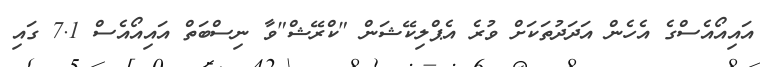
އައިއޯއެސްގެ އެހެން އަދަދުތަކަށް ވުރެ އެޕްލިކޭޝަން "ކްރޭޝް"ވާ ނިސްބަތް އައިއޯއެސް 7.1 ގައި